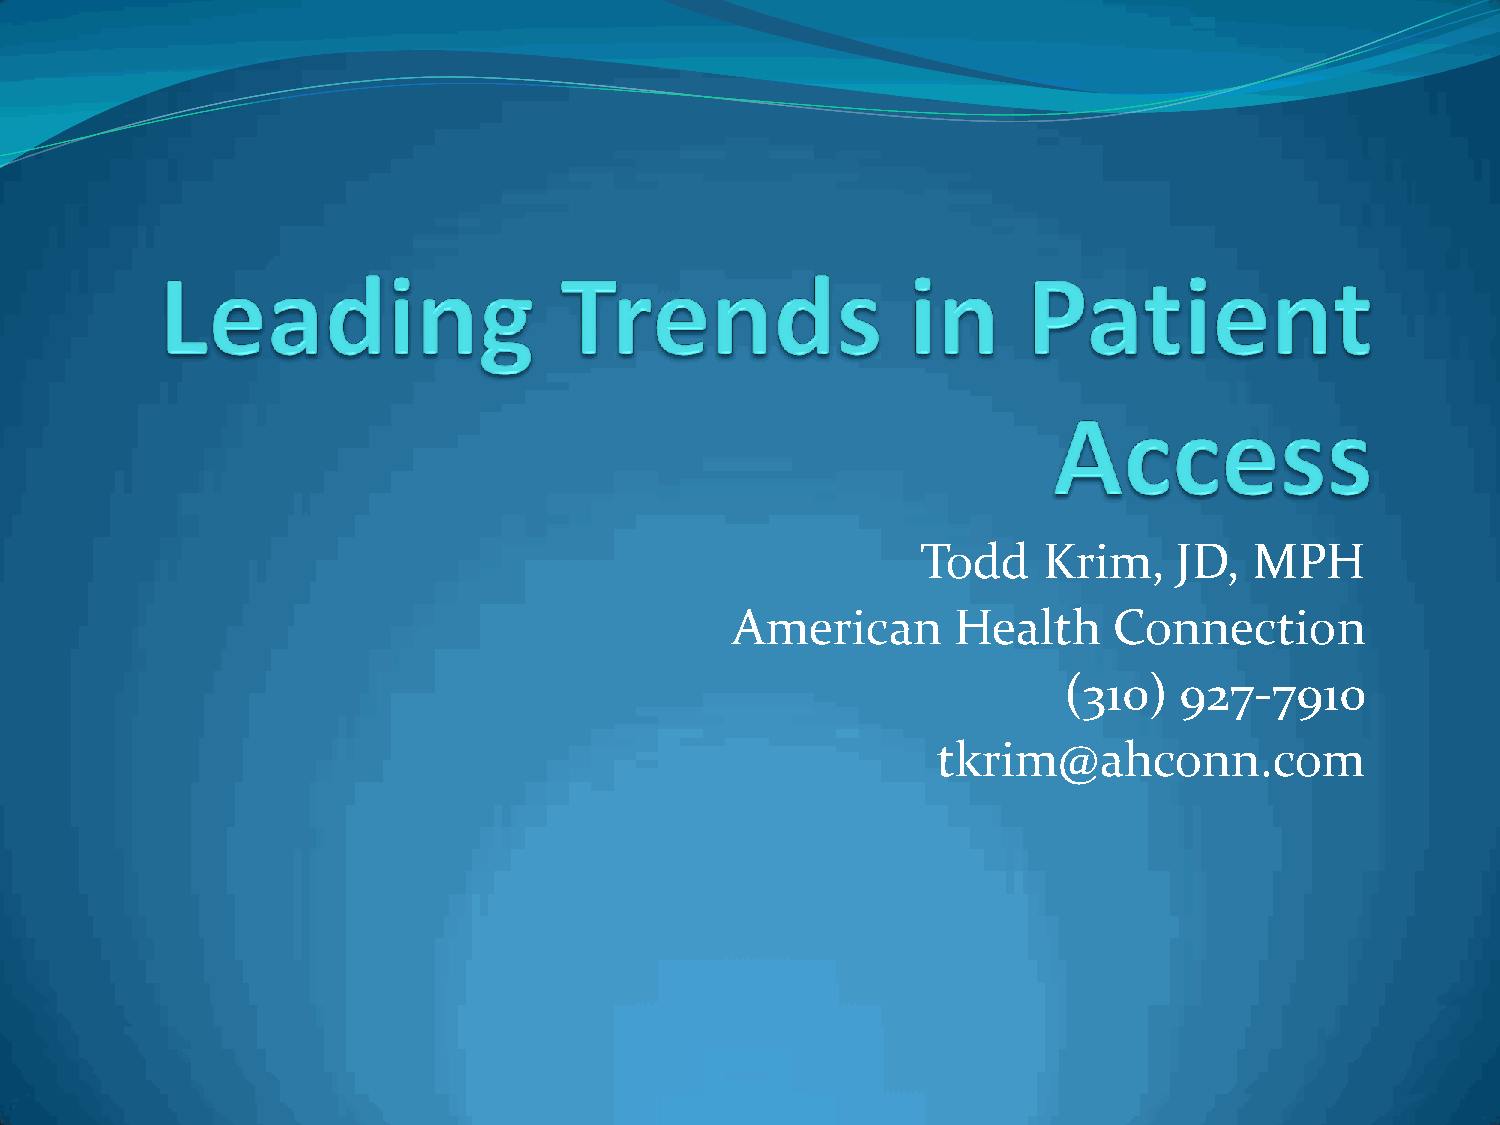
Todd    Krim,    JD,  MPH
 American       Health     Connection
 (310)   927-7910
 tkrim@ahconn.com